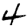
Digit: 4